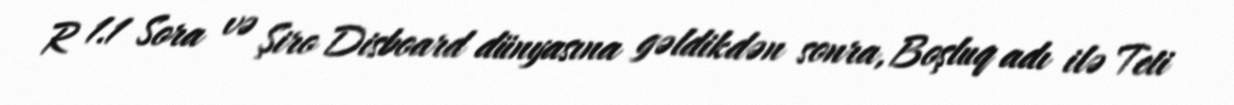
R 1.1 Sora və Şiro Disboard dünyasına gəldikdən sonra, Boşluq adı ilə Teti